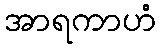
အာရကာဟံ